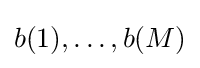
b(1),\ldots ,b(M)